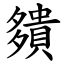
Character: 㚍